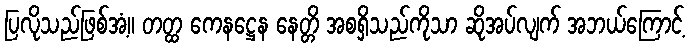
ပြလိုသည်ဖြစ်အံ့။ တတ္ထ ကေနဋ္ဌေန နေတ္တိ အစရှိသည်ကိုသာ ဆိုအပ်လျက် အဘယ်ကြောင့်